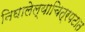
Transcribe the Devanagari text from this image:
निघालेल्याचित्रपटात